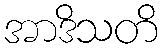
အာဒိသတိ